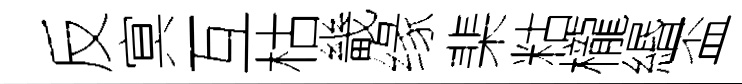
反㝠互枯畿缘棐䊀櫳緡盃